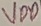
Text: VDD